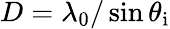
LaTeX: D=\lambda_{0}/\sin\theta_{\mathrm{i}}